General report no. 6 on the lunatic asylums, vaccination and dispensaries in the Bengal Presidency, 1873 -
Year: 1873
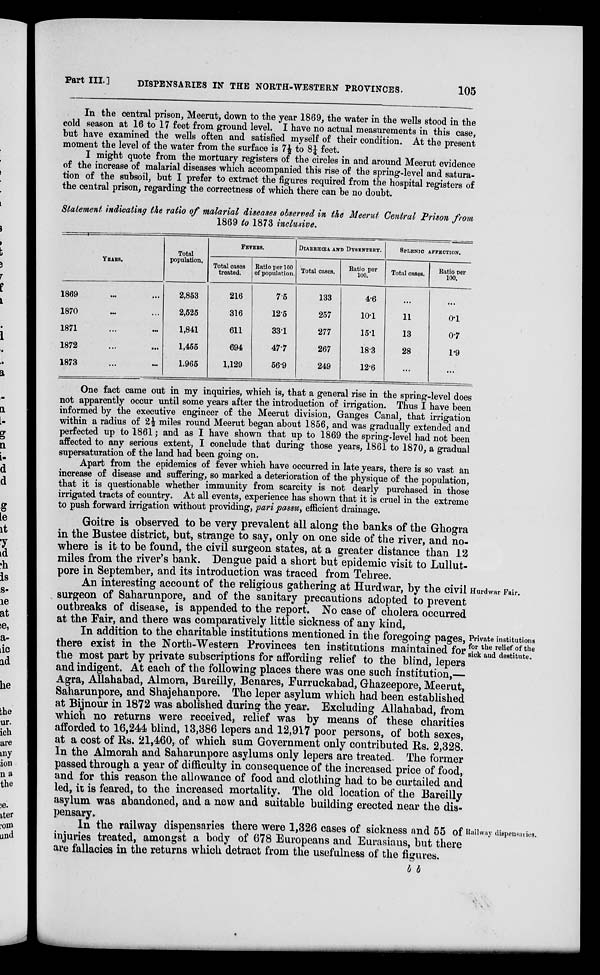
Part III.]
DISPENSARIES IN THE NORTH-WESTERN PROVINCES.
105
In the central prison, Meerut, down to the year 1869, the water in the wells stood in the
cold season at 16 to 17 feet from ground level. I have no actual measurements in this case,
but have examined the wells often and satisfied myself of their condition. At the present
moment the level of the water from the surface is 7½ to 8¼ feet.
I might quote from the mortuary registers of the circles in and around Meerut evidence
of the increase of malarial diseases which accompanied this rise of the spring-level and satura-
tion of the subsoil, but I prefer to extract the figures required from the hospital registers of
the central prison, regarding the correctness of which there can be no doubt.
Statement indicating the ratio of malarial diseases observed in the Meerut Central Prison from
1869 to 1873 inclusive.
YEARS.
1869 ... ...
1870 ... ...
1871 ... ...
1872 ... ...
1873 ... ...
Total
population,
2,853
2,525
1,841
1,455
1,965
FEVERS.
Total cases
treated.
216
316
611
694
1,129
Ratio per 100
of population.
7.5
12.5
33.1
47.7
56.9
DIAERHŒA AND DYSENTERY.
Total cases.
133
257
277
267
249
Ratio per
100.
4.6
10.1
15.1
18.3
12.6
SPLENIC AFFECTION.
Total cases.
...
11
13
28
...
Ratio per
100.
...
0.1
0.7
1.9
...
One fact came out in my inquiries, which is, that a general rise in the spring-level does
not apparently occur until some years after the introduction of irrigation. Thus I have been
informed by the executive engineer of the Meerut division, Ganges Canal, that irrigation
within a radius of 2½ miles round Meerut began about 1856, and was gradually extended and
perfected up to 1861; and as I have shown that up to 1869 the spring-level had not been
affected to any serious extent, I conclude that during those years, 1861 to 1870, a gradual
supersaturation of the land had been going on.
Apart from the epidemics of fever which have occurred in late years, there is so vast an
increase of disease and suffering, so marked a deterioration of the physique of the population,
that it is questionable whether immunity from scarcity is not dearly purchased in those
irrigated tracts of country. At all events, experience has shown that it is cruel in the extreme
to push forward irrigation without providing, pari passu, efficient drainage.
Goitre is observed to be very prevalent all along the banks of the Ghogra
in the Bustee district, but, strange to say, only on one side of the river, and no-
where is it to be found, the civil surgeon states, at a greater distance than 12
miles from the river's bank. Dengue paid a short but epidemic visit to Lullut.
pore in September, and its introduction was traced from Tehree.
Hurdwar Fair.
An interesting account of the religious gathering at Hurdwar, by the civil
surgeon of Saharunpore, and of the sanitary precautions adopted to prevent
outbreaks of disease, is appended to the report. No case of cholera occurred
at the Fair, and there was comparatively little sickness of any kind,
Private institutions
for the relief of the
sick and destitute.
In addition to the charitable institutions mentioned in the foregoing pages,
there exist in the North-Western Provinces ten institutions maintained for
the most part by private subscriptions for affording relief to the blind, lepers
and indigent. At each of the following places there was one such institution,—
Agra, Allahabad, Almora, Bareilly, Benares, Furruckabad, Ghazeepore, Meerut,
Saharunpore, and Shajehanpore. The leper asylum which had been established
at Bijnour in 1872 was abolished during the year. Excluding Allahabad, from
which no returns were received, relief was by means of these charities
afforded to 16,244 blind, 13,386 lepers and 12,917 poor persons, of both sexes,
at a cost of Rs. 21,460, of which sum Government only contributed Us. 2,328.
In the Almorah and Saharunpore asylums only lepers are treated. The former
passed through a year of difficulty in consequence of the increased price of food,
and for this reason the allowance of food and clothing had to be curtailed and
led, it is feared, to the increased mortality. The old location of the Bareilly
asylum was abandoned, and a new and suitable building erected near the dis-
pensary.
Railway dispensaries.
In the railway dispensaries there were 1,326 cases of sickness and 55 of
injuries treated, amongst a body of 678 Europeans and Eurasians, but there
are fallacies in the returns which detract from the usefulness of the figures.
b b